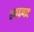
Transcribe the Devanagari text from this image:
ढणढणाट